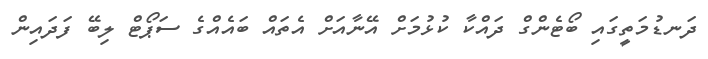
ދަނޑުމަތީގައި ބޯޓެންގް ދައްކާ ކުޅުމަށް އޭނާއަށް އެތައް ބައެއްގެ ސަޕޯޓް ލިބޭ ފަދައިން